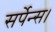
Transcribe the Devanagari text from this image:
सर्पेन्स।